Madras plague regulations in force outside the Presidency town - Volume 2
Disease focus: Plague
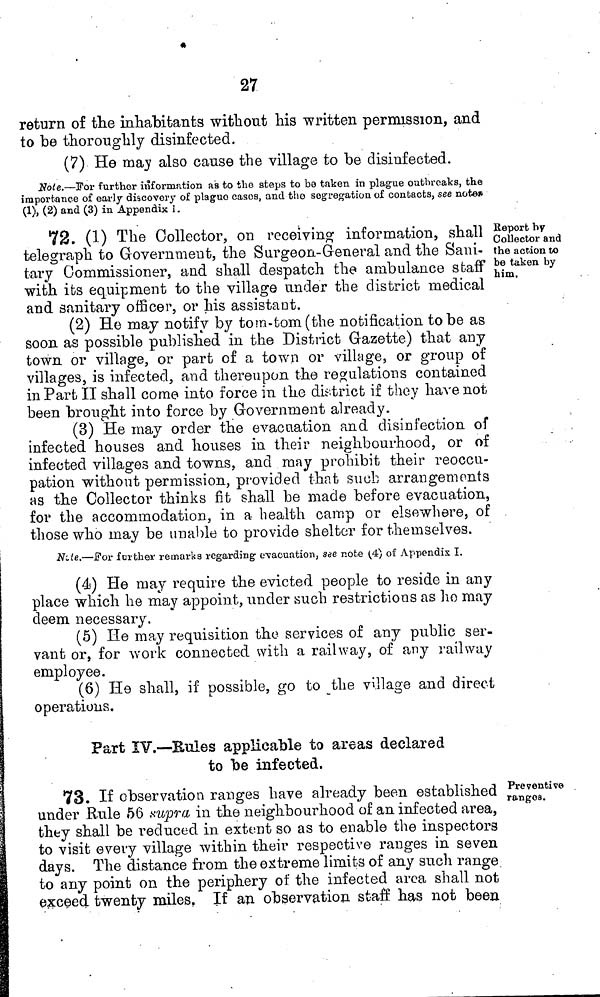
27
return of the inhabitants without his written permission, and
to be thoroughly disinfected.
(7) He may also cause the village to be disinfected.
Note.—For further information as to the steps to bo taken in plague outbreaks, the
importance of early discovery of plague cases, and the segregation of contacts, see note»
(1), (2) and (3) in Appendix 1.
Report by
Collector and
the action to
be taken by
him.
72. (1) The Collector, on receiving information, shall
telegraph to Government, the Surgeon-General and the Sani-
tary Commissioner, and shall despatch the ambulance staff
with its equipment to the village under the district medical
and sanitary officer, or his assistant.
(2) He may notify by tom-tom (the notification to be as
soon as possible published in the District Gazette) that any
town or village, or part of a town or village, or group of
villages, is infected, and thereupon the regulations contained
in Part II shall come into force in the district if they have not
been brought into force by Government already.
(3) He may order the evacuation and disinfection of
infected houses and houses in their neighbourhood, or of
infected villages and towns, and may prohibit their reoccu-
pation without permission, provided that such arrangements
as the Collector thinks fit shall be made before evacuation,
for the accommodation, in a health camp or elsewhere, of
those who may be unable to provide shelter for themselves.
Note.—For further remarks regarding evacuation, see note (4) of Appendix. I.
(4) He may require the evicted people to reside in any
place which he may appoint, under such restrictions as ho may
deem necessary.
(5) He may requisition the services of any public ser-
vant or, for work connected with a railway, of any railway
employee.
(6) He shall, if possible, go to _the village and direct
operations.
Part IV.—Rules applicable to areas declared
to be infected.
Preventive
ranges.
73. If observation ranges have already been established
under Rule 56 supra in the neighbourhood of an infected area,
they shall be reduced in extent so as to enable the inspectors
to visit every village within their respective ranges in seven
days. The distance from the extreme limits of any such range
to any point on the periphery of the infected area shall not
exceed twenty miles. If an observation staff has not bee»